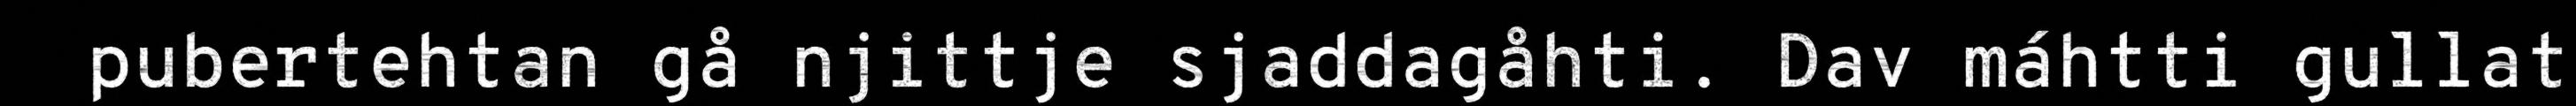
pubertehtan gå njittje sjaddagåhti. Dav máhtti gullat